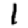
Digit: 1